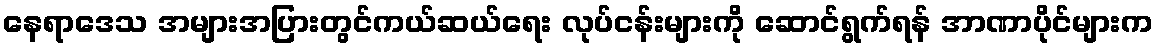
နေရာဒေသ အများအပြားတွင်ကယ်ဆယ်ရေး လုပ်ငန်းများကို ဆောင်ရွက်ရန် အာဏာပိုင်များက